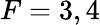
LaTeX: F=3,4